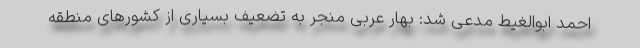
احمد ابوالغیط مدعی شد: بهار عربی منجر به تضعیف بسیاری از کشورهای منطقه